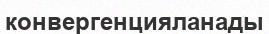
конвергенцияланады